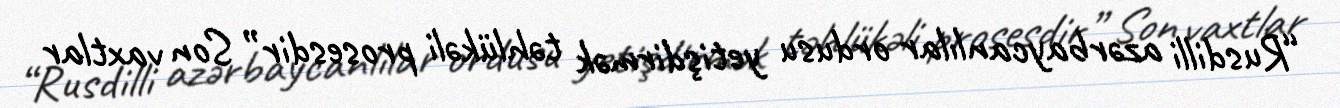
“Rusdilli azərbaycanlılar ordusu yetişdirmək təhlükəli prosesdir” Son vaxtlar